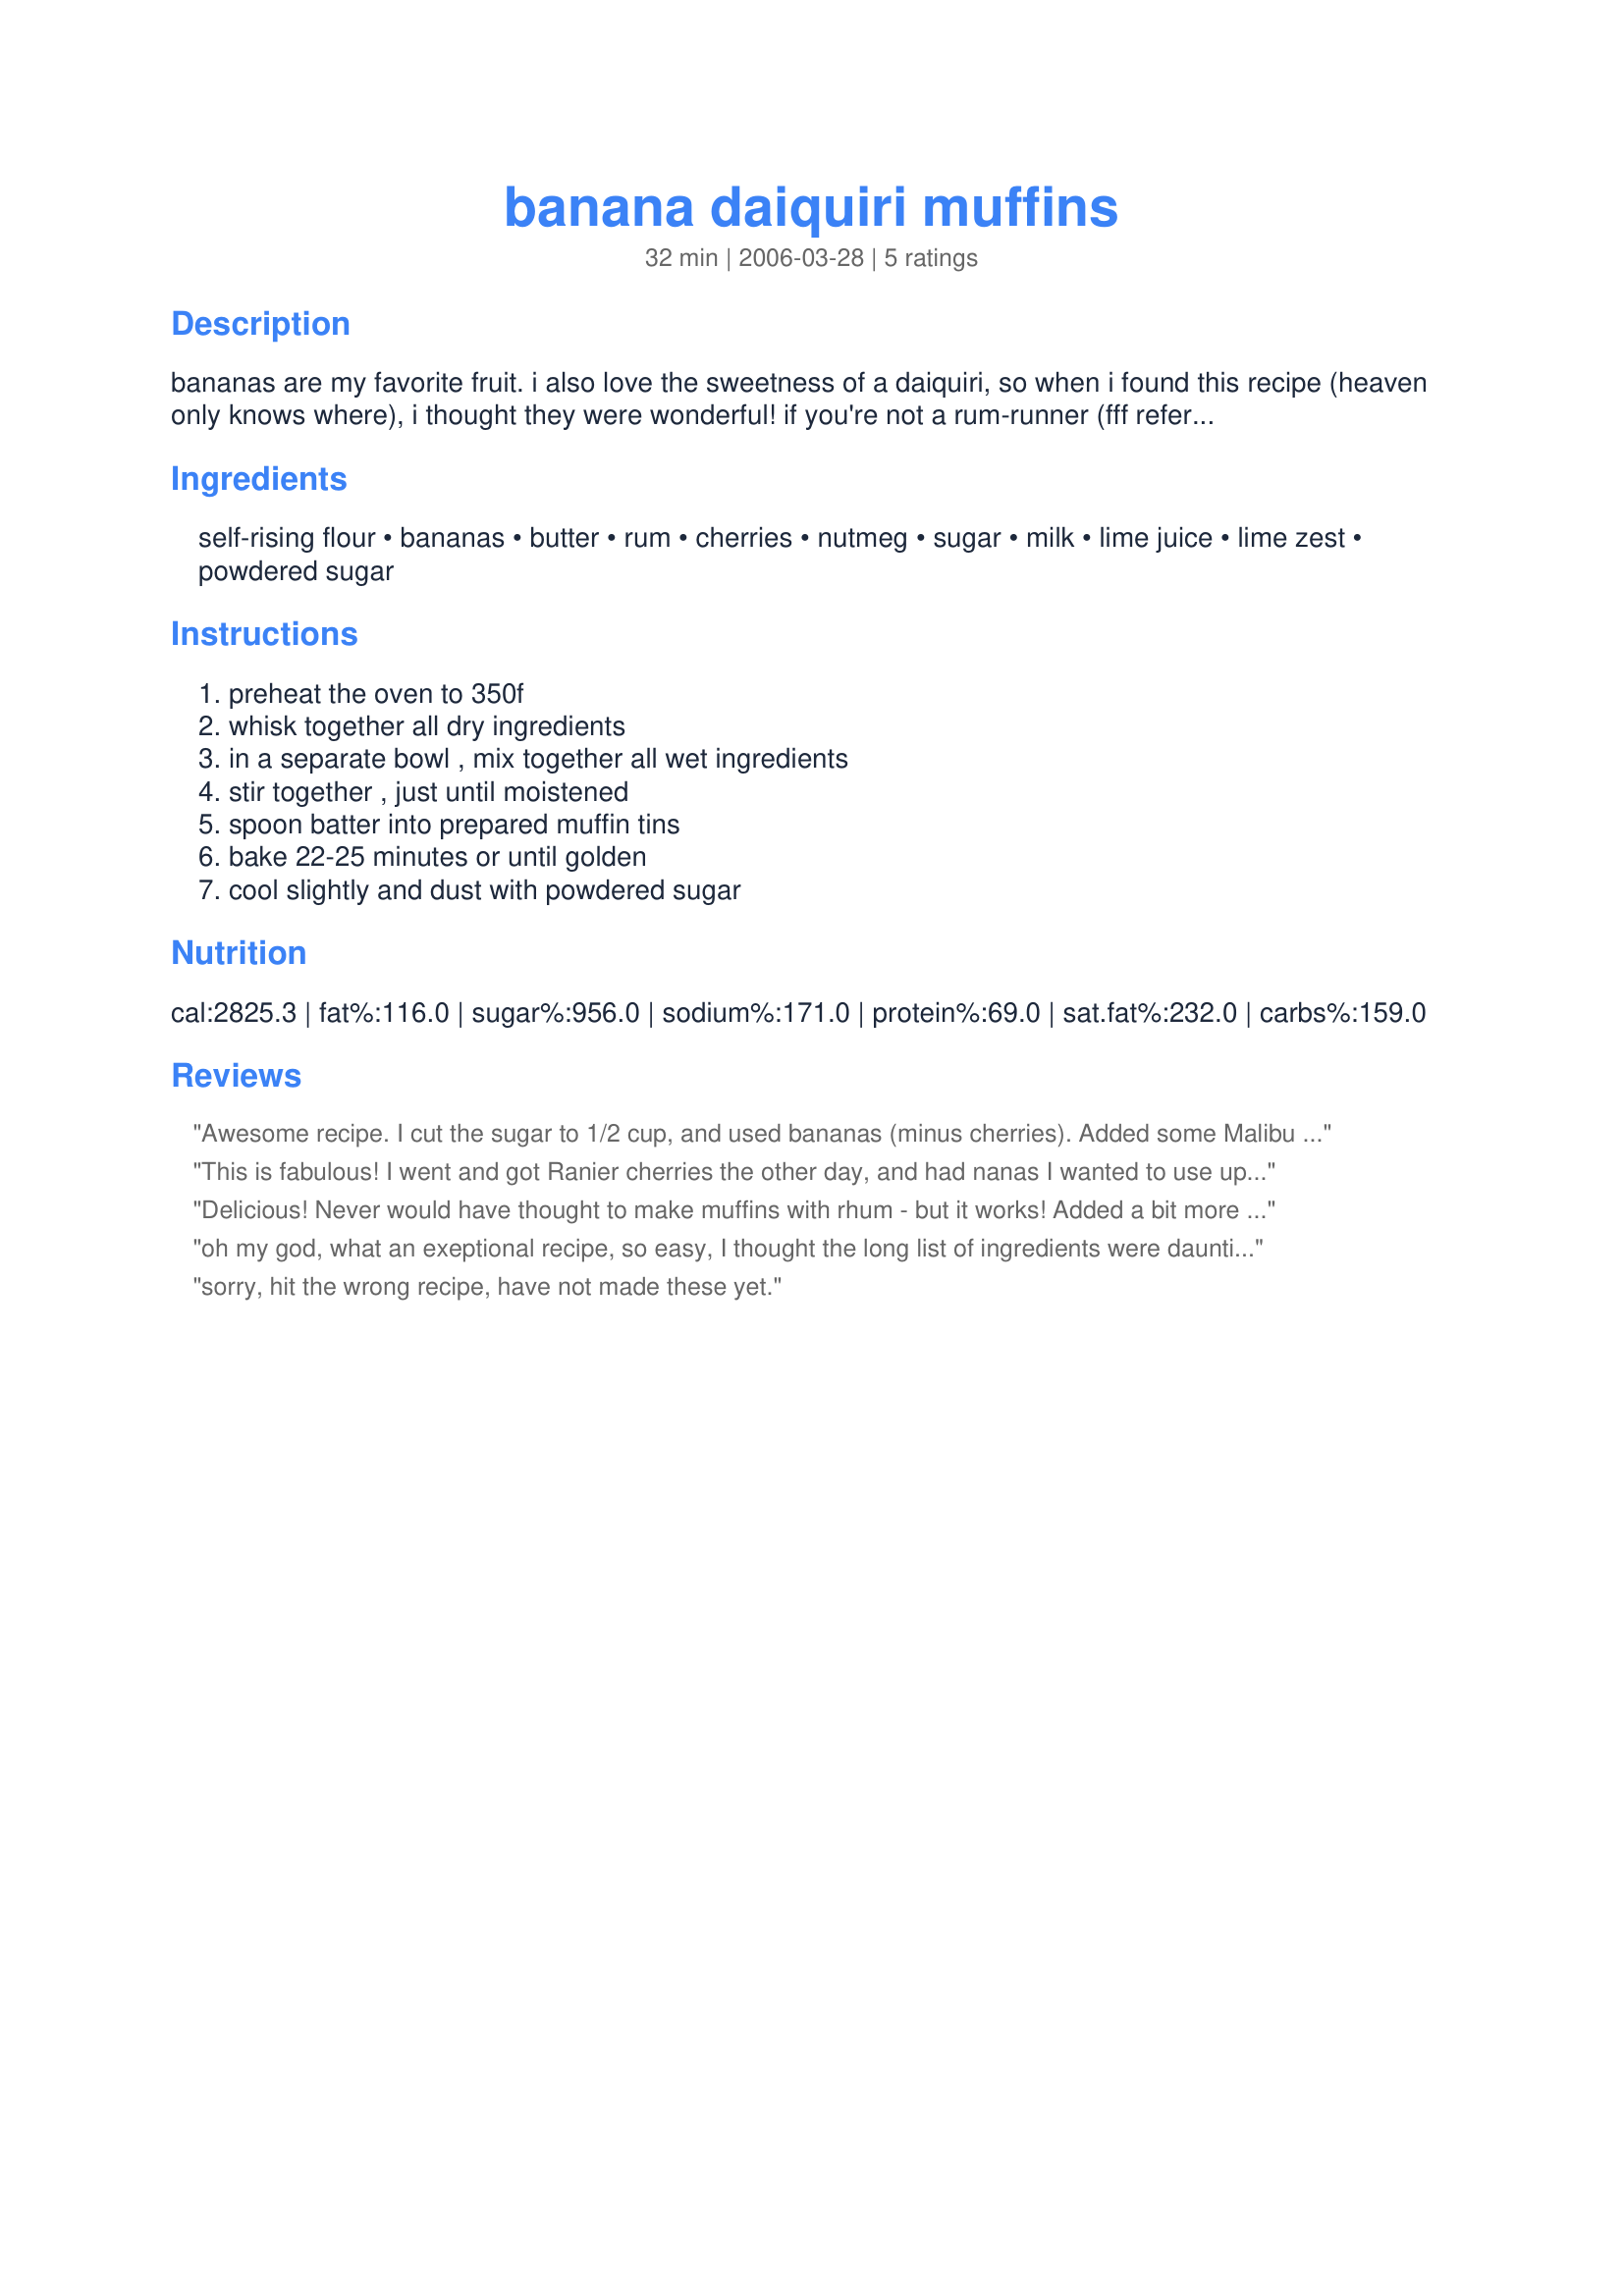
banana daiquiri muffins
Preparation time: 32 minutes

bananas are my favorite fruit. i also love the sweetness of a daiquiri, so when i found this recipe (heaven only knows where), i thought they were wonderful! if you're not a rum-runner (fff reference), feel free to sub in a few drops of rum extract to taste.

Ingredients:
self-rising flour, bananas, butter, rum, cherries, nutmeg, sugar, milk, lime juice, lime zest, powdered sugar

Steps:
preheat the oven to 350f, whisk together all dry ingredients, in a separate bowl , mix together all wet ingredients, stir together , just until moistened, spoon batter into prepared muffin tins, bake 22-25 minutes or until golden, cool slightly and dust with powdered sugar

Reviews:
Awesome recipe. I cut the sugar to 1/2 cup, and used bananas (minus cherries). Added some Malibu rum (banana flavored) and seriously the best banana muffins ever!<br/> <br/>thank you!!!!!!<br/><br/>ps. if you don't have self rising flour >>>http://www.food.com/recipe/homemade-self-rising-flour-substitute-29318
This is fabulous! I went and got Ranier cherries the other day, and had nanas I wanted to use up. My LORD! Was it good!! Bless you Amy!!
Delicious! Never would have thought to make muffins with rhum - but it works! Added a bit more lime juice and I did add an egg because I didn't have self-rising flour. Added a few chocolate chips also. Baked it for about 30 minutes. Thanks Redneck for a yummy muffin recipe!
oh my god, what an exeptional recipe, so easy, I thought the long list of ingredients were daunting but not at all, I made it exactly as stated and was very dubious about no eggs, I have NEVER cooked any muffin or cake without an egg before and awesome, I am sitting eating it at the moment hot out of the oven, broke into two with a dob of butter, whipped cream and fresh homemade cherry sauce over it, to die for, what a winner of a recipe, go on try it, Thanks for a brilliant recipe.
sorry, hit the wrong recipe, have not made these yet.
